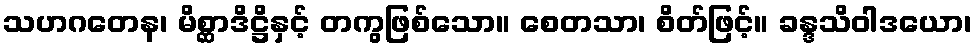
သဟဂတေန၊ မိစ္ဆာဒိဋ္ဌိနှင့် တကွဖြစ်သော။ စေတသာ၊ စိတ်ဖြင့်။ ခန္ဒသိဝါဒယော၊